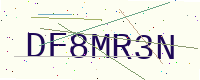
Text: DF8MR3N